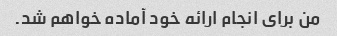
من برای انجام ارائه خود آماده خواهم شد.